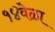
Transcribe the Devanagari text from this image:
१४वेळा